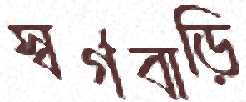
স্বর্গবাড়ি